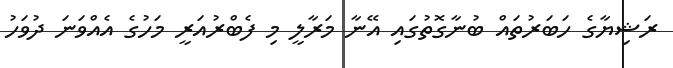
ރަޝިޔާގެ ހަބަރުތައް ބުނާގޮތުގައި އޭނާ މަރާލީ މި ފެބްރުއަރީ މަހުގެ އެއްވަނަ ދުވަހު